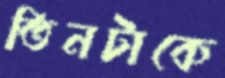
তিনটাকে